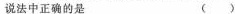
说法中正确的是 ( )